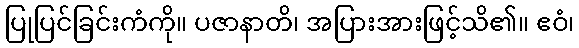
ပြုပြင်ခြင်းကံကို။ ပဇာနာတိ၊ အပြားအားဖြင့်သိ၏။ ဧဝံ၊